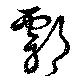
鄠